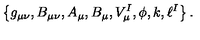
\left\{ g _ { \mu \nu } , B _ { \mu \nu } , A _ { \mu } , B _ { \mu } , V _ { \mu } ^ { I } , \phi , k , \ell ^ { I } \right\} .